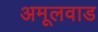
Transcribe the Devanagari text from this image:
अमूलवाड